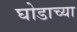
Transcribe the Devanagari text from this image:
घोडाच्या